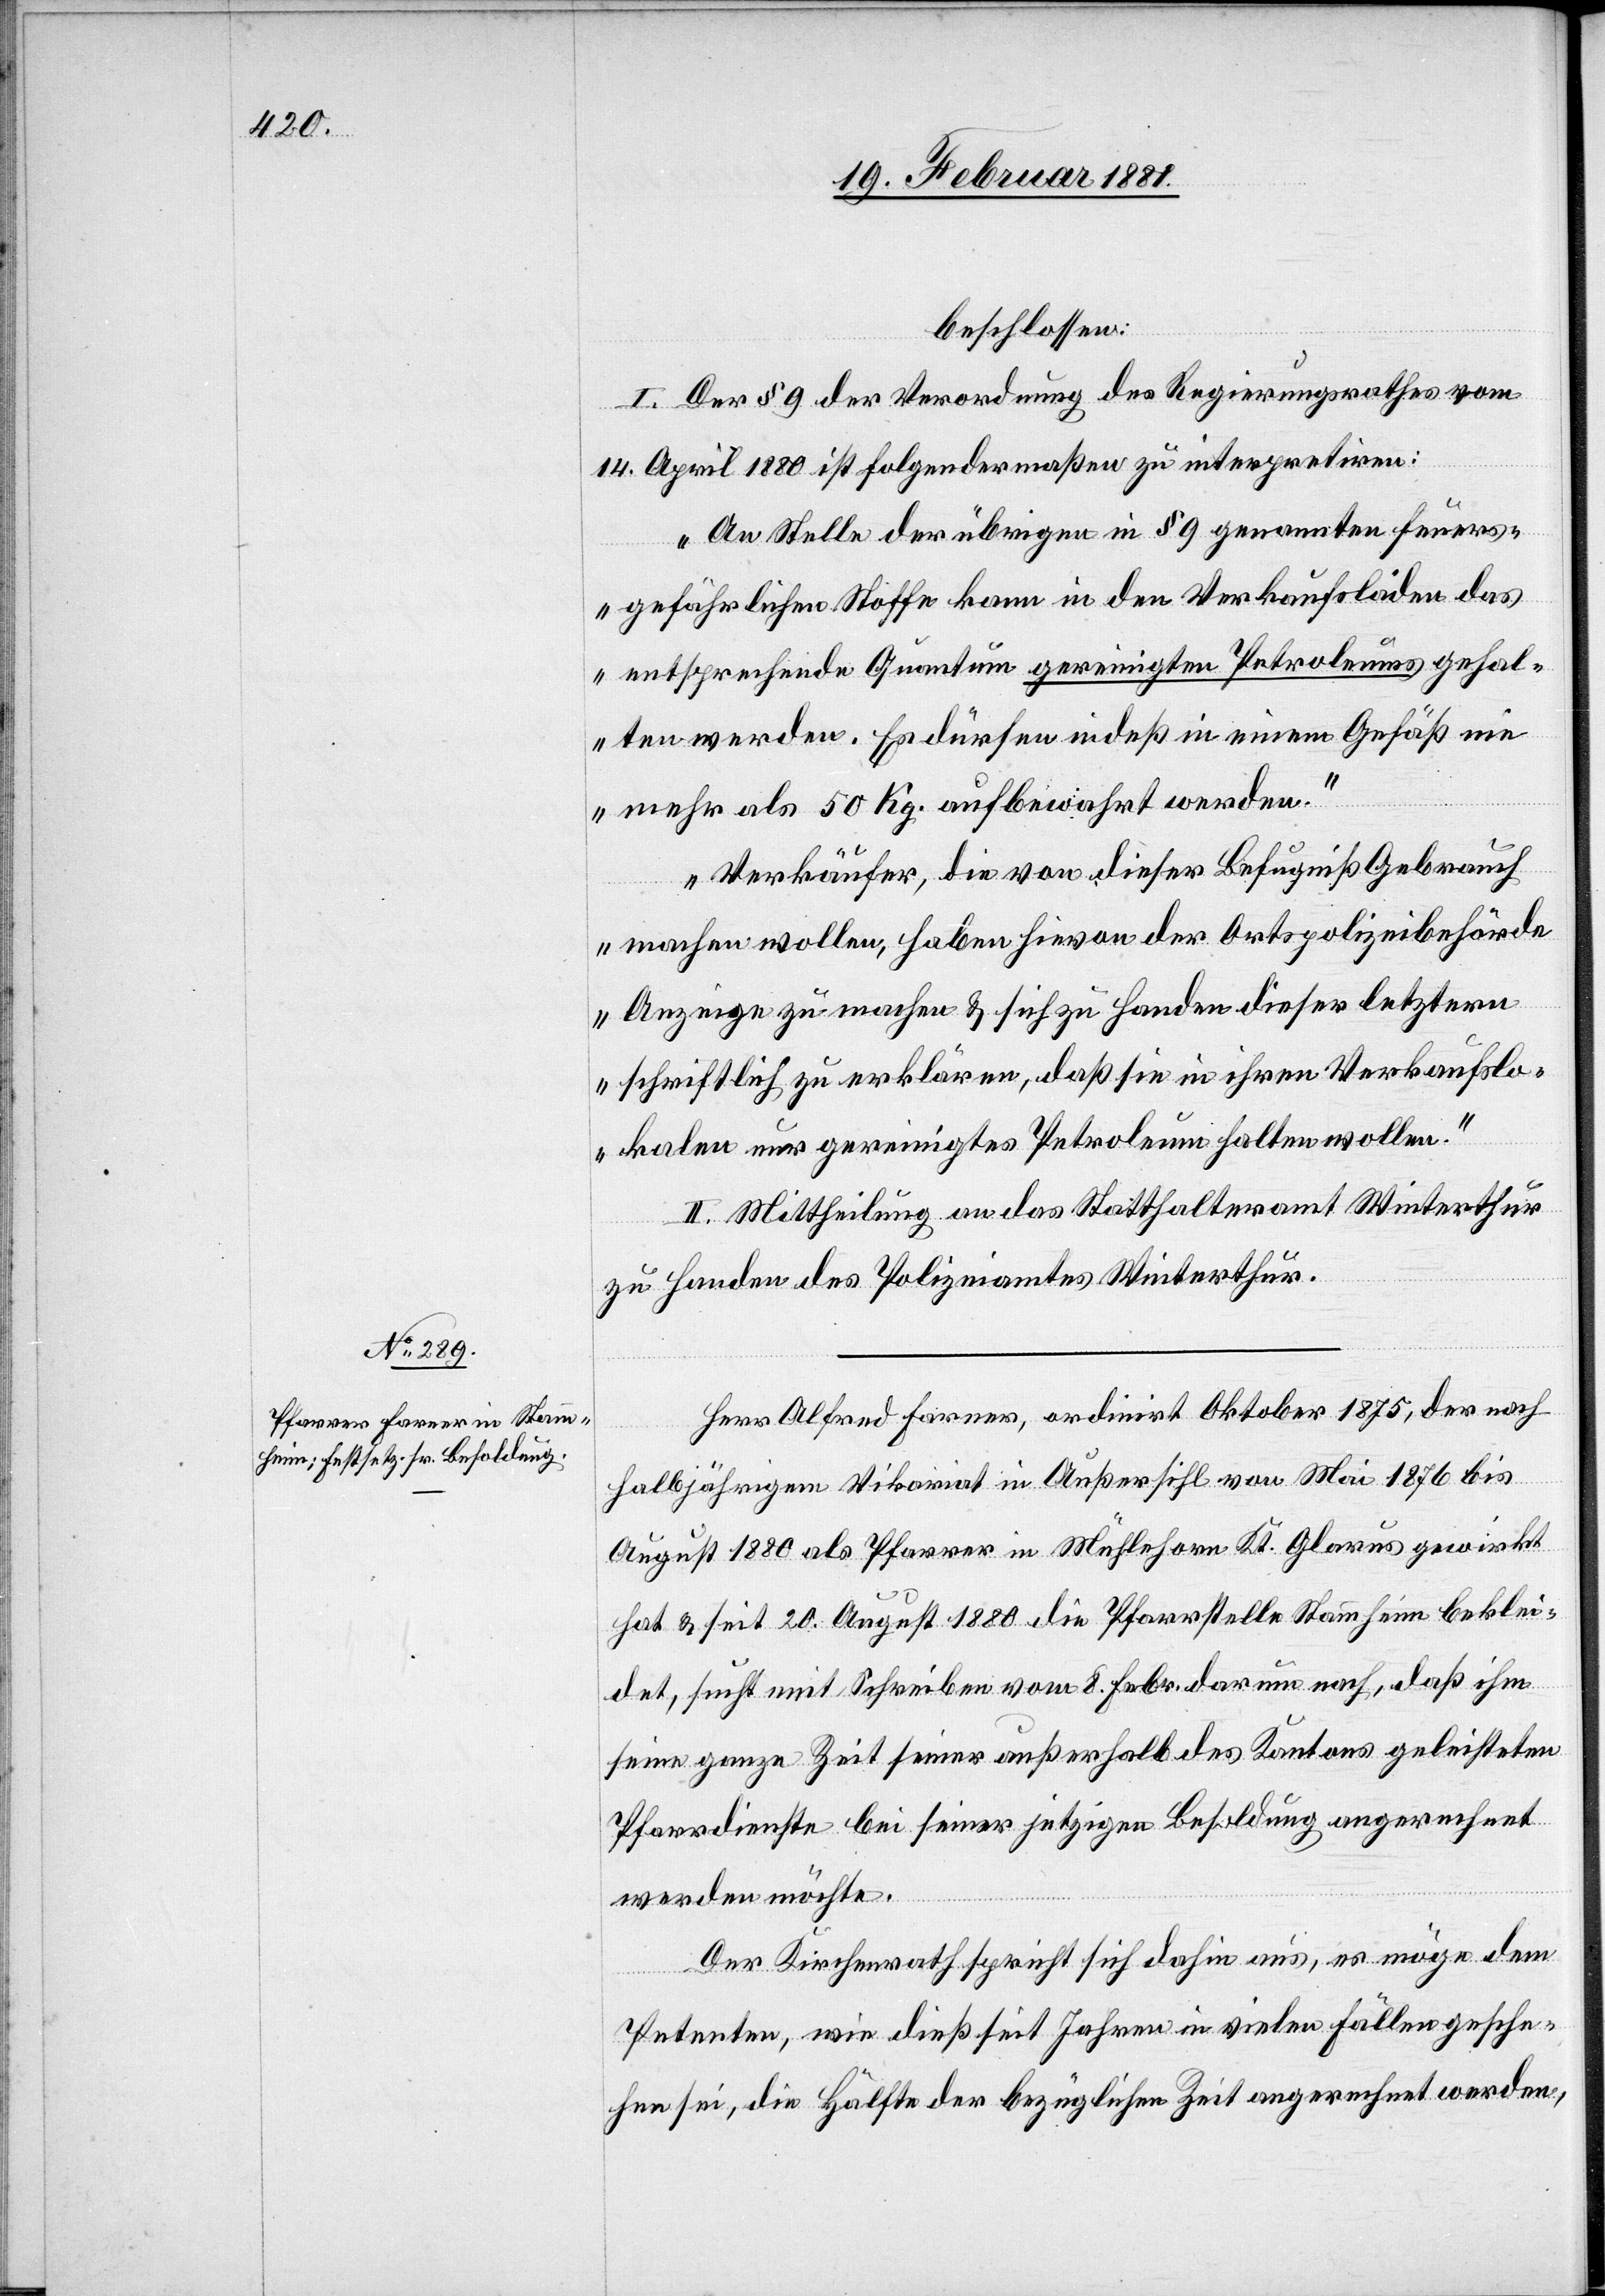
beschlossen:
I. Der § 9 der Verordnung des Regierungsrathes vom
14. April 1880 ist folgendermaßen zu interpretiren:
„An Stelle der übrigen in § 9 genannten feuer¬
gefährlichen Stoffe kann in den Verkaufsläden das
entsprechende Quantum gereinigten Petroleums gehal¬
ten werden. Es dürfen indeß in einem Gefäß nie
mehr als 50 Kg. aufbewahrt werden.
Verkäufer, die von dieser Befugniß Gebrauch
machen wollen, haben hievon der Ortspolizeibehörde
Anzeige zu machen & sich zu Handen dieser letztern
schriftlich zu erklären, daß sie in ihren Verkaufslo¬
kalen nur gereinigtes Petroleum halten wollen.“
II. Mittheilung an das Statthalteramt Winterthur
zu Handen des Polizeiamtes Winterthur.
Herr Alfred Forner, ordinirt Oktober 1875, der nach
halbjährigem Vikariat in Außersihl von Mai 1876 bis
August 1880 als Pfarrer in Mühlehorn Kt. Glarus gewirkt
hat & seit 20. August 1880 die Pfarrstelle Stammheim beklei¬
det, sucht mit Schreiben vom 8. Febr. darum nach, daß ihm
seine ganze Zeit seiner jetzigen Besoldung angerechnet werden
Der Kirchenrath spricht sich dahin aus, es möge dem
Petenten, wie dieß seit Jahren in vielen Fällen gesche¬
hen sei, die Hälfte der bezüglichen Zeit angerechnet werden,